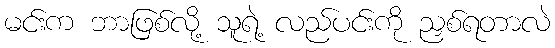
မင်းက ဘာဖြစ်လို့ သူရဲ့ လည်ပင်းကို ညှစ်ရတာလဲ